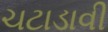
ચટાડાવી